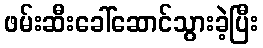
ဖမ်းဆီးခေါ်ဆောင်သွားခဲ့ပြီး